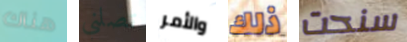
هناك تصلني والأمر ذلك سنحت